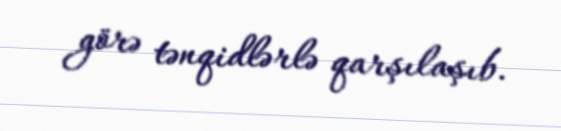
görə tənqidlərlə qarşılaşıb.